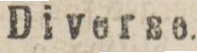
Diverse.